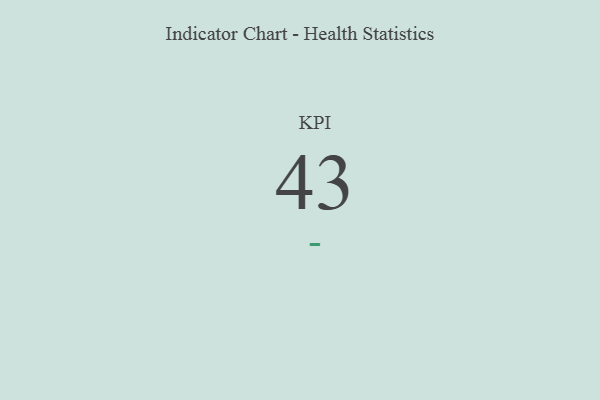
{"axis": {"x": "KPI", "y": "Value"}, "legend": [""], "data": [{"x": "KPI", "y": 43, "type": ""}]}